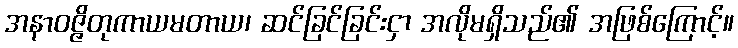
အနာဝဇ္ဇိတုကာယမတာယ၊ ဆင်ခြင်ခြင်းငှာ အလိုမရှိသည်၏ အဖြစ်ကြောင့်။